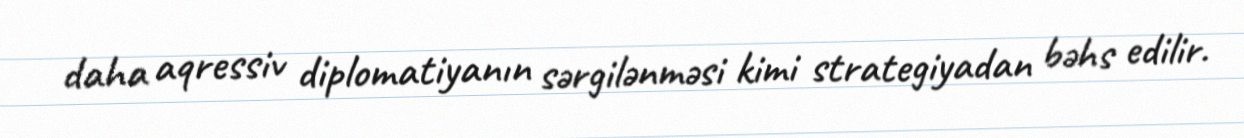
daha aqressiv diplomatiyanın sərgilənməsi kimi strategiyadan bəhs edilir.